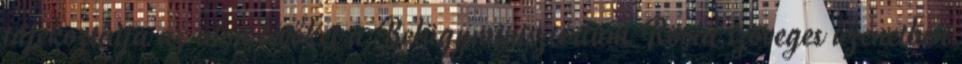
tájékoztatja az úton lévőket a Belügyminisztérium Rövid szöveges üzenetben